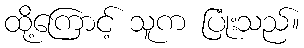
ထို့ကြောင့် သူက ပြုံးသည်။